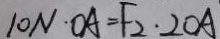
1 0 N \cdot O A = F _ { 2 } \cdot 2 O A